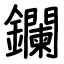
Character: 鑭